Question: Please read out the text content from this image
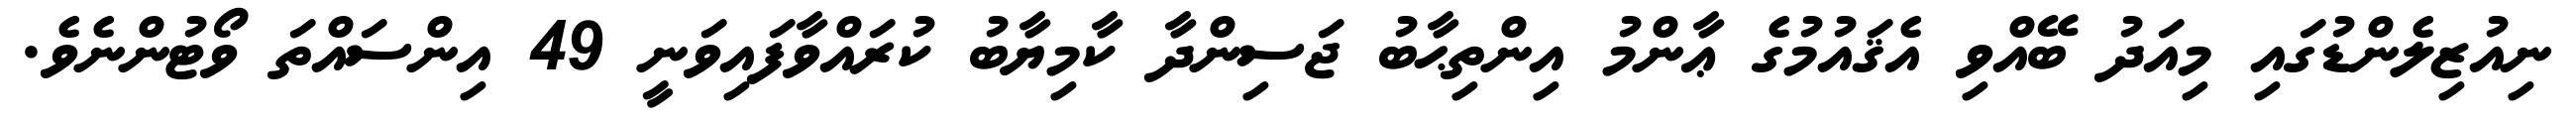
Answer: ނިއުޒިލެންޑުގައި މިއަދު ބޭއްވި އެޤައުމުގެ ޢާންމު އިންތިޙާބު ޖަސިންދާ ކާމިޔާބު ކުރައްވާފައިވަނީ 49 އިންސައްތަ ވޯޓުންނެވެ.